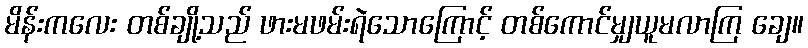
မိန်းကလေး တစ်ချို့သည် ဖားမဖမ်းရဲသောကြောင့် တစ်ကောင်မျှယူမလာကြ ချေ။